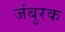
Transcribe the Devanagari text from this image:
जंबुरक